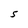
Character: 5